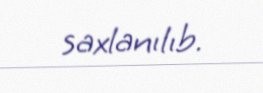
saxlanılıb.